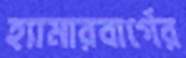
হ্যামারবার্গের